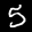
Label: 5